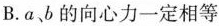
B.a、b的向心力一定相等